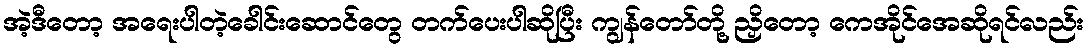
အဲ့ဒီတော့ အရေးပါတဲ့ခေါင်းဆောင်တွေ တက်ပေးပါဆိုပြီး ကျွန်တော်တို့ ညှိတော့ ကေအိုင်အေဆိုရင်လည်း